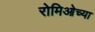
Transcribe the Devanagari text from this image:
रोमिओच्या